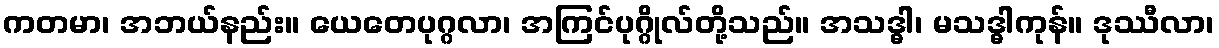
ကတမာ၊ အဘယ်နည်း။ ယေတေပုဂ္ဂလာ၊ အကြင်ပုဂ္ဂိုလ်တို့သည်။ အသဒ္ဓါ၊ မသဒ္ဓါကုန်။ ဒုဿီလာ၊